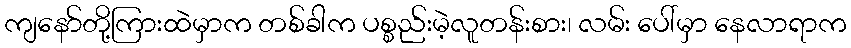
ကျနော်တို့ကြားထဲမှာက တစ်ခါက ပစ္စည်းမဲ့လူတန်းစား၊ လမ်း ပေါ်မှာ နေလာရာက